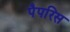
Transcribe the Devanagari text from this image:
पैपरिस